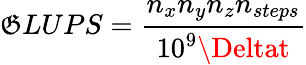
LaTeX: \mathfrak{G}LUPS=\frac{{n_{x}n_{y}n_{z}n_{steps}}}{{10^{9}\Deltat}}